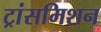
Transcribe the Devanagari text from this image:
ट्रांसमिशन